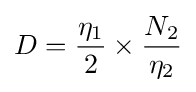
D={\eta _{1} \over 2}\times {N_{2} \over \eta _{2}}